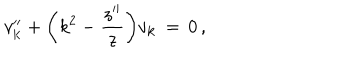
v _ { \bf k } ^ { \prime \prime } + \biggl ( k ^ { 2 } - { \frac { z ^ { \prime \prime } } { z } } \biggr ) v _ { \bf k } \, = \, 0 \, ,